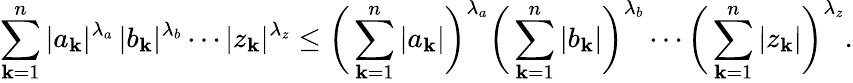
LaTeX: \sum_{\mathbf{k}=1}^{n}|a_{\mathbf{k}}|^{\lambda_{a}}\, |b_{\mathbf{k}}|^{\lambda_{b}}\cdots|z_{\mathbf{k}}|^{\lambda_{z}}\leq{\biggl(}\sum_{\mathbf{k}=1}^{n}|a_{\mathbf{k}}|{\biggr)}^{\lambda_{a}}{\biggl(}\sum_{\mathbf{k}=1}^{n}|b_{\mathbf{k}}|{\biggr)}^{\lambda_{b}}\cdots{\biggl(}\sum_{\mathbf{k}=1}^{n}|z_{\mathbf{k}}|{\biggr)}^{\lambda_{z}}.